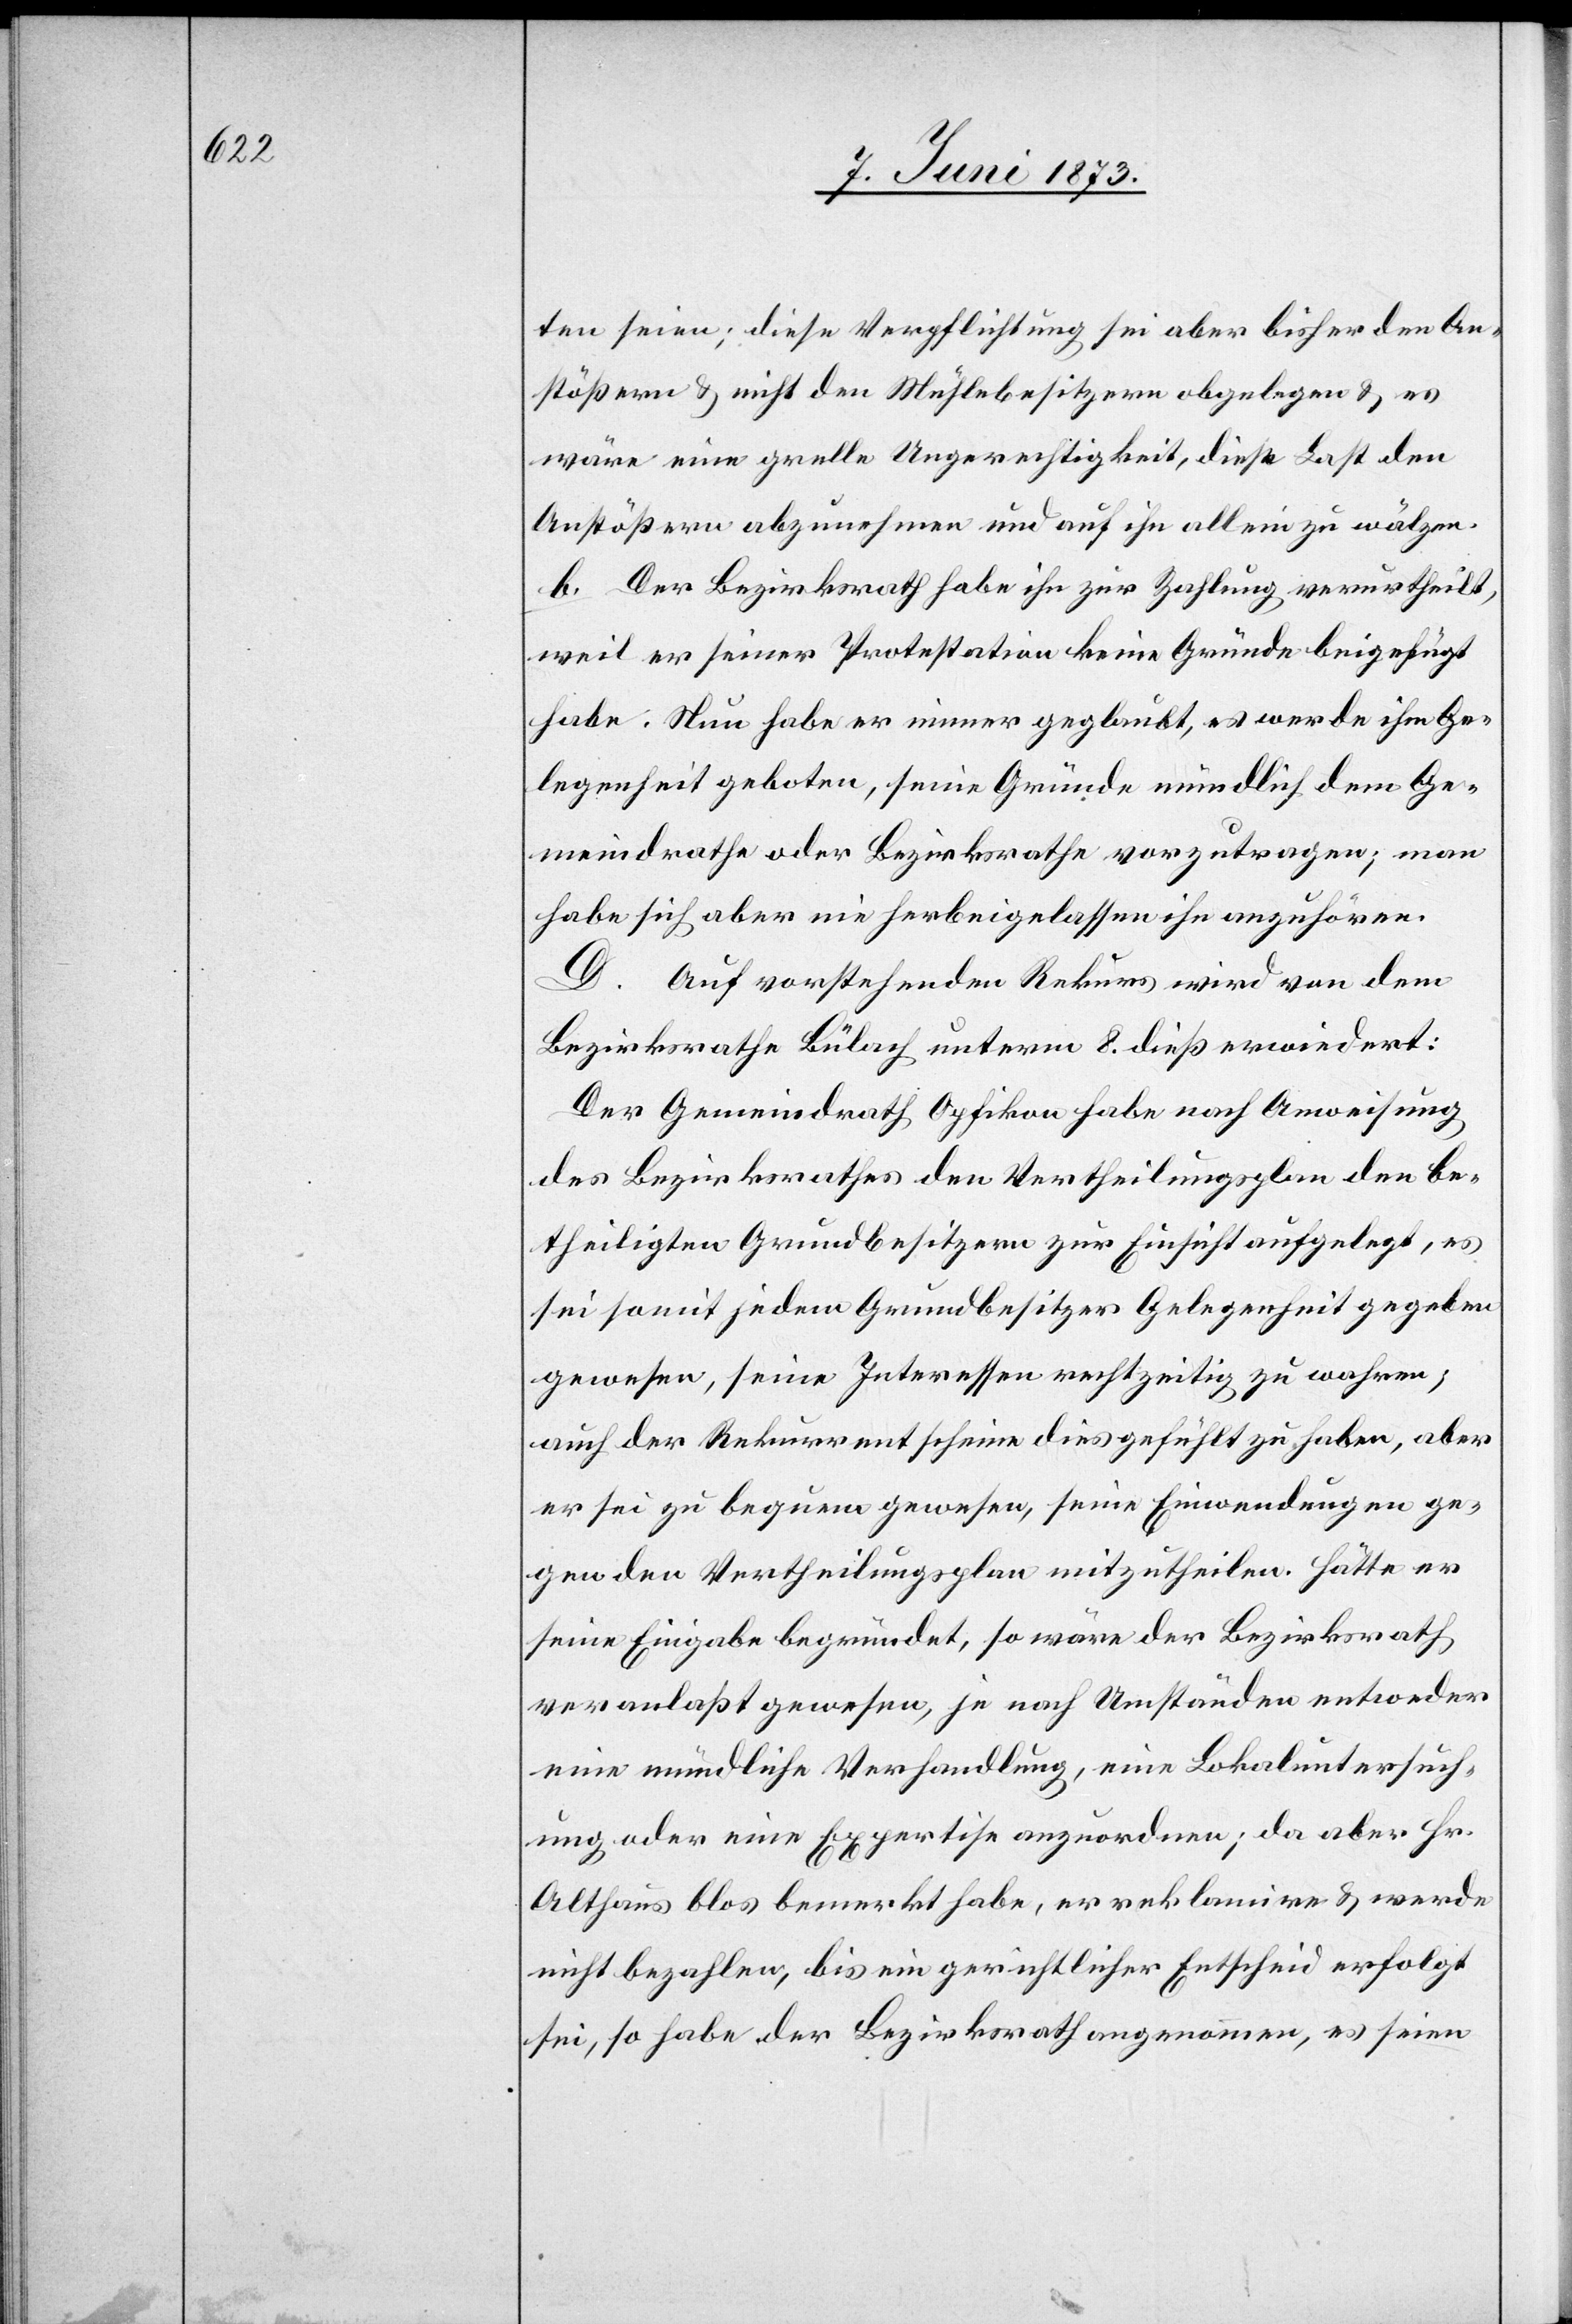
seien; diese Verpflichtung sei aber bisher den An¬
stößern & nicht den Mühlebesitzern obgelegen & es
wäre eine grelle Ungerechtigkeit, diese Last den
Anstößern abzunehmen und auf ihn allein zu wälzen.
b. Der Bezirksrath habe ihn zur Zahlung verurtheilt,
weil er seiner Protestation keine Gründe beigefügt
habe. Nun habe er immer geglaubt, es werde ihm Ge¬
legenheit geboten, seine Gründe mündlich dem Ge¬
meindrathe oder Bezirksrathe vorzutragen; man
habe sich aber nie herbeigelassen ihn anzuhören.
D. Auf vorstehenden Rekurs wird von dem
Bezirksrathe Bülach unterm 8. dieß erwiedert:
Der Gemeindrath Opfikon habe nach Anweisung
des Bezirksrathes den Vertheilungsplan den be¬
theiligten Grundbesitzern zur Einsicht aufgelegt, es
sei somit jedem Grundbesitzer Gelegenheit gegeben
gewesen, seine Interessen rechtzeitig zu wahren;
auch der Rekurrent scheine dies gefühlt zu haben, aber
er sei zu bequem gewesen, seine Einwendungen ge¬
gen den Vertheilungsplan mitzutheilen. Hätte er
seine Eingabe begründet, so wäre der Bezirksrath
veranlaßt gewesen, je nach Umständen entweder
eine mündliche Verhandlung, eine Lokaluntersuch¬
ung oder eine Expertise anzuordnen; da aber Hr.
Althaus blos bemerkt habe, er reklamire & werde
nicht bezahlten, bis ein gerichtlicher Entscheid erfolgt
sei, so habe der Bezirksrath angenommen, es seien